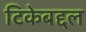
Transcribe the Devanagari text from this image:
टिकेबद्दल